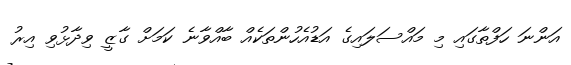
އަންނަ ހަފްތާގައި މި މައްސަލައިގެ އަޑުއެހުންތަކެއް ބާއްވާނެ ކަމަށް ގާޒީ ވިދާޅުވި އިރު